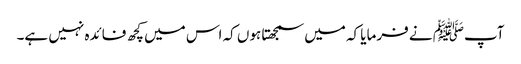
آپﷺ نے فرمایا کہ میں سمجھتا ہوں کہ اس میں کچھ فائدہ نہیں ہے۔